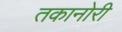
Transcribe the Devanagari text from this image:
तकानोरी